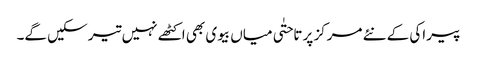
پیراکی کے نئے مرکز پر تاحتٰی میاں بیوی بھی اکٹھے نہیں تیر سکیں گے۔